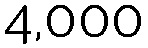
4,000